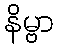
နိမ္ဗာ